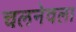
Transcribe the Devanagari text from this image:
चलनेवला